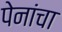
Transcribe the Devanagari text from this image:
पेनांचा